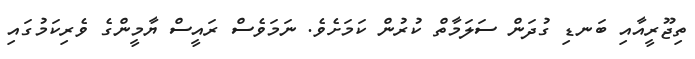
ތިޖޫރީއާއި ބަނޑި ގުދަން ސަލަމާތް ކުރުން ކަމަށެވެ. ނަމަވެސް ރައީސް ޔާމީންގެ ވެރިކަމުގައި